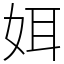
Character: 㛅